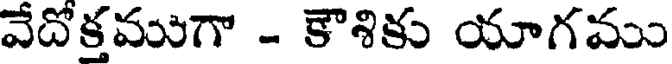
వేదోక్తముగా - కౌశికు యాగము